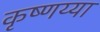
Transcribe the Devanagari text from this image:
कृष्णय्या